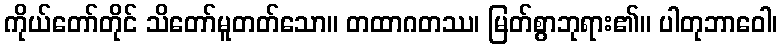
ကိုယ်တော်တိုင် သိတော်မူတတ်သော။ တထာဂတဿ၊ မြတ်စွာဘုရား၏။ ပါတုဘာဝေါ၊